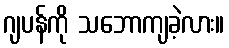
ဂျပန်ကို သဘောကျခဲ့လား။